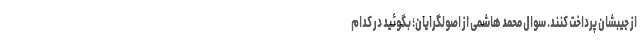
از جیبشان پرداخت کنند. سوال محمد هاشمی از اصولگرایان؛ بگوئید در کدام